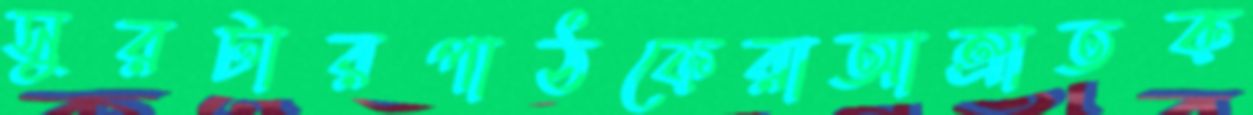
সুরটারপাঠকেরাআম্রাতক